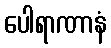
ပေါရာဏာနံ